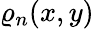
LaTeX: \varrho_{n}(x,y)